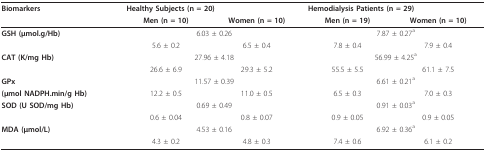
<table><thead><tr><td><b>Biomarkers</b></td><td colspan="2"><b>Healthy Subjects (n = 20)</b></td><td colspan="2"><b>Hemodialysis Patients (n = 29)</b></td></tr><tr><td></td><td><b>Men (n = 10)</b></td><td><b>Women (n = 10)</b></td><td><b>Men (n = 19)</b></td><td><b>Women (n = 10)</b></td></tr></thead><tbody><tr><td><b>GSH (μmol.g/Hb)</b></td><td colspan="2">6.03 ± 0.26</td><td colspan="2">7.87 ± 0.27<sup>a</sup></td></tr><tr><td></td><td>5.6 ± 0.2</td><td>6.5 ± 0.4</td><td>7.8 ± 0.4</td><td>7.9 ± 0.4</td></tr><tr><td><b>CAT (K/mg Hb)</b></td><td colspan="2">27.96 ± 4.18</td><td colspan="2">56.99 ± 4.25<sup>a</sup></td></tr><tr><td></td><td>26.6 ± 6.9</td><td>29.3 ± 5.2</td><td>55.5 ± 5.5</td><td>61.1 ± 7.5</td></tr><tr><td><b>GPx</b></td><td colspan="2">11.57 ± 0.39</td><td colspan="2">6.61 ± 0.21<sup>a</sup></td></tr><tr><td><b>(μmol NADPH.min/g Hb)</b></td><td>12.2 ± 0.5</td><td>11.0 ± 0.5</td><td>6.5 ± 0.3</td><td>7.0 ± 0.3</td></tr><tr><td><b>SOD (U SOD/mg Hb)</b></td><td colspan="2">0.69 ± 0.49</td><td colspan="2">0.91 ± 0.03<sup>a</sup></td></tr><tr><td></td><td>0.6 ± 0.04</td><td>0.8 ± 0.07</td><td>0.9 ± 0.05</td><td>0.9 ± 0.05</td></tr><tr><td><b>MDA (μmol/L)</b></td><td colspan="2">4.53 ± 0.16</td><td colspan="2">6.92 ± 0.36<sup>a</sup></td></tr><tr><td></td><td>4.3 ± 0.2</td><td>4.8 ± 0.3</td><td>7.4 ± 0.6</td><td>6.1 ± 0.2</td></tr></tbody></table>